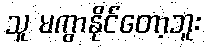
သူ မကွာနိုင်တော့ဘူး